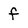
Character: f